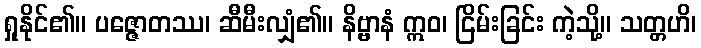
ရှုနိုင်၏။ ပဇ္ဇောတဿ၊ ဆီမီးလျှံ၏။ နိဗ္ဗာနံ ဣဝ၊ ငြိမ်းခြင်း ကဲ့သို့။ သတ္တဟိ၊